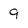
Character: 9